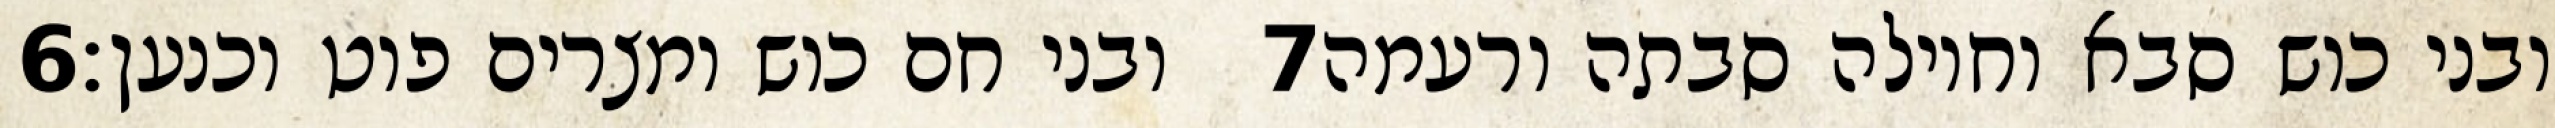
‎6‏ ובני חם כוש ומצרים פוט וכנען׃ ‎7‏ ובני כוש סבא וחוילה סבתה ורעמה